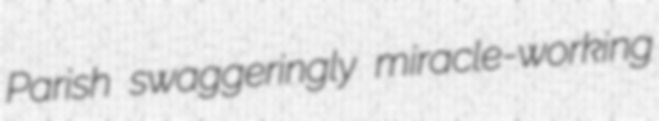
Parish swaggeringly miracle-working